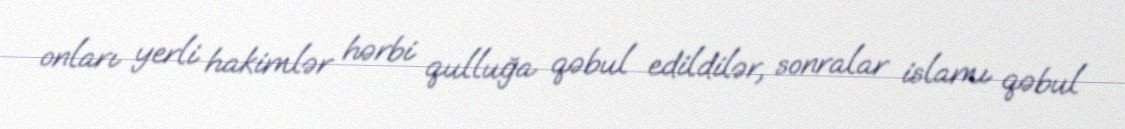
onları yerli hakimlər hərbi qulluğa qəbul edildilər, sonralar islamı qəbul